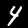
Digit: 4